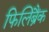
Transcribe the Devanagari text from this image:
फिलिब्रैंक